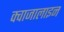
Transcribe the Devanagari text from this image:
क्वाजालाइन